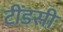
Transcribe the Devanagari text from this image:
टींडसी